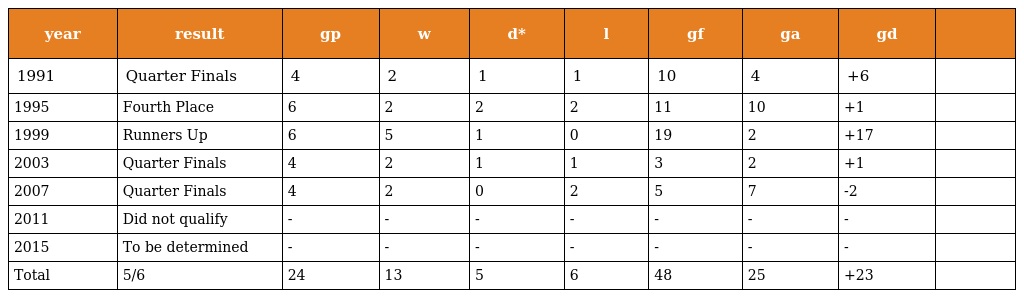
| year | result | gp | w | d* | l | gf | ga | gd |  |
 | --- | --- | --- | --- | --- | --- | --- | --- | --- | --- |
 | 1991 | Quarter Finals | 4 | 2 | 1 | 1 | 10 | 4 | +6 |  |
 | 1995 | Fourth Place | 6 | 2 | 2 | 2 | 11 | 10 | +1 |  |
 | 1999 | Runners Up | 6 | 5 | 1 | 0 | 19 | 2 | +17 |  |
 | 2003 | Quarter Finals | 4 | 2 | 1 | 1 | 3 | 2 | +1 |  |
 | 2007 | Quarter Finals | 4 | 2 | 0 | 2 | 5 | 7 | -2 |  |
 | 2011 | Did not qualify | - | - | - | - | - | - | - |  |
 | 2015 | To be determined | - | - | - | - | - | - | - |  |
 | Total | 5/6 | 24 | 13 | 5 | 6 | 48 | 25 | +23 |  |